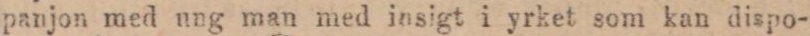
panjon med ung man med insigt i yrket som kan dispo-